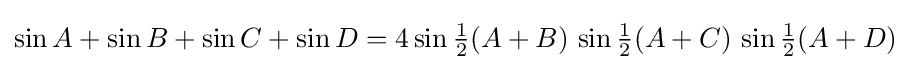
\sin A+\sin B+\sin C+\sin D=4\sin {\tfrac {1}{2}}(A+B)\,\sin {\tfrac {1}{2}}(A+C)\,\sin {\tfrac {1}{2}}(A+D)